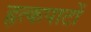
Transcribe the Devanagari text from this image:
हृत्कपाटों